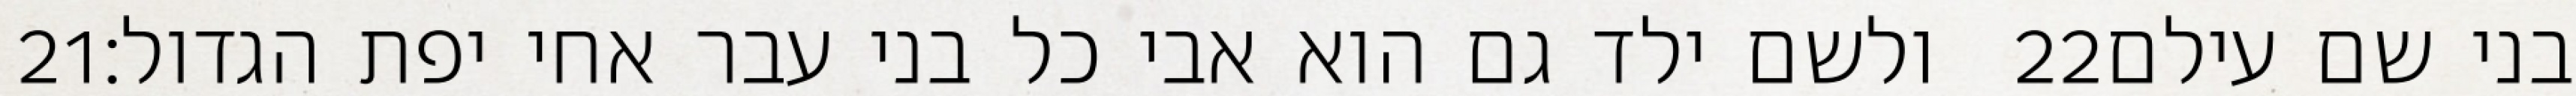
‎21‏ ולשם ילד גם הוא אבי כל בני עבר אחי יפת הגדול׃ ‎22‏ בני שם עילם